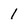
Character: 1